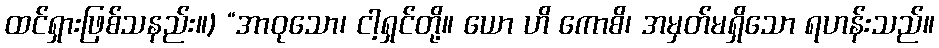
ထင်ရှားဖြစ်သနည်း။) “အာဝုသော၊ ငါ့ရှင်တို့။ ယော ဟိ ကောစိ၊ အမှတ်မရှိသော ရဟန်းသည်။